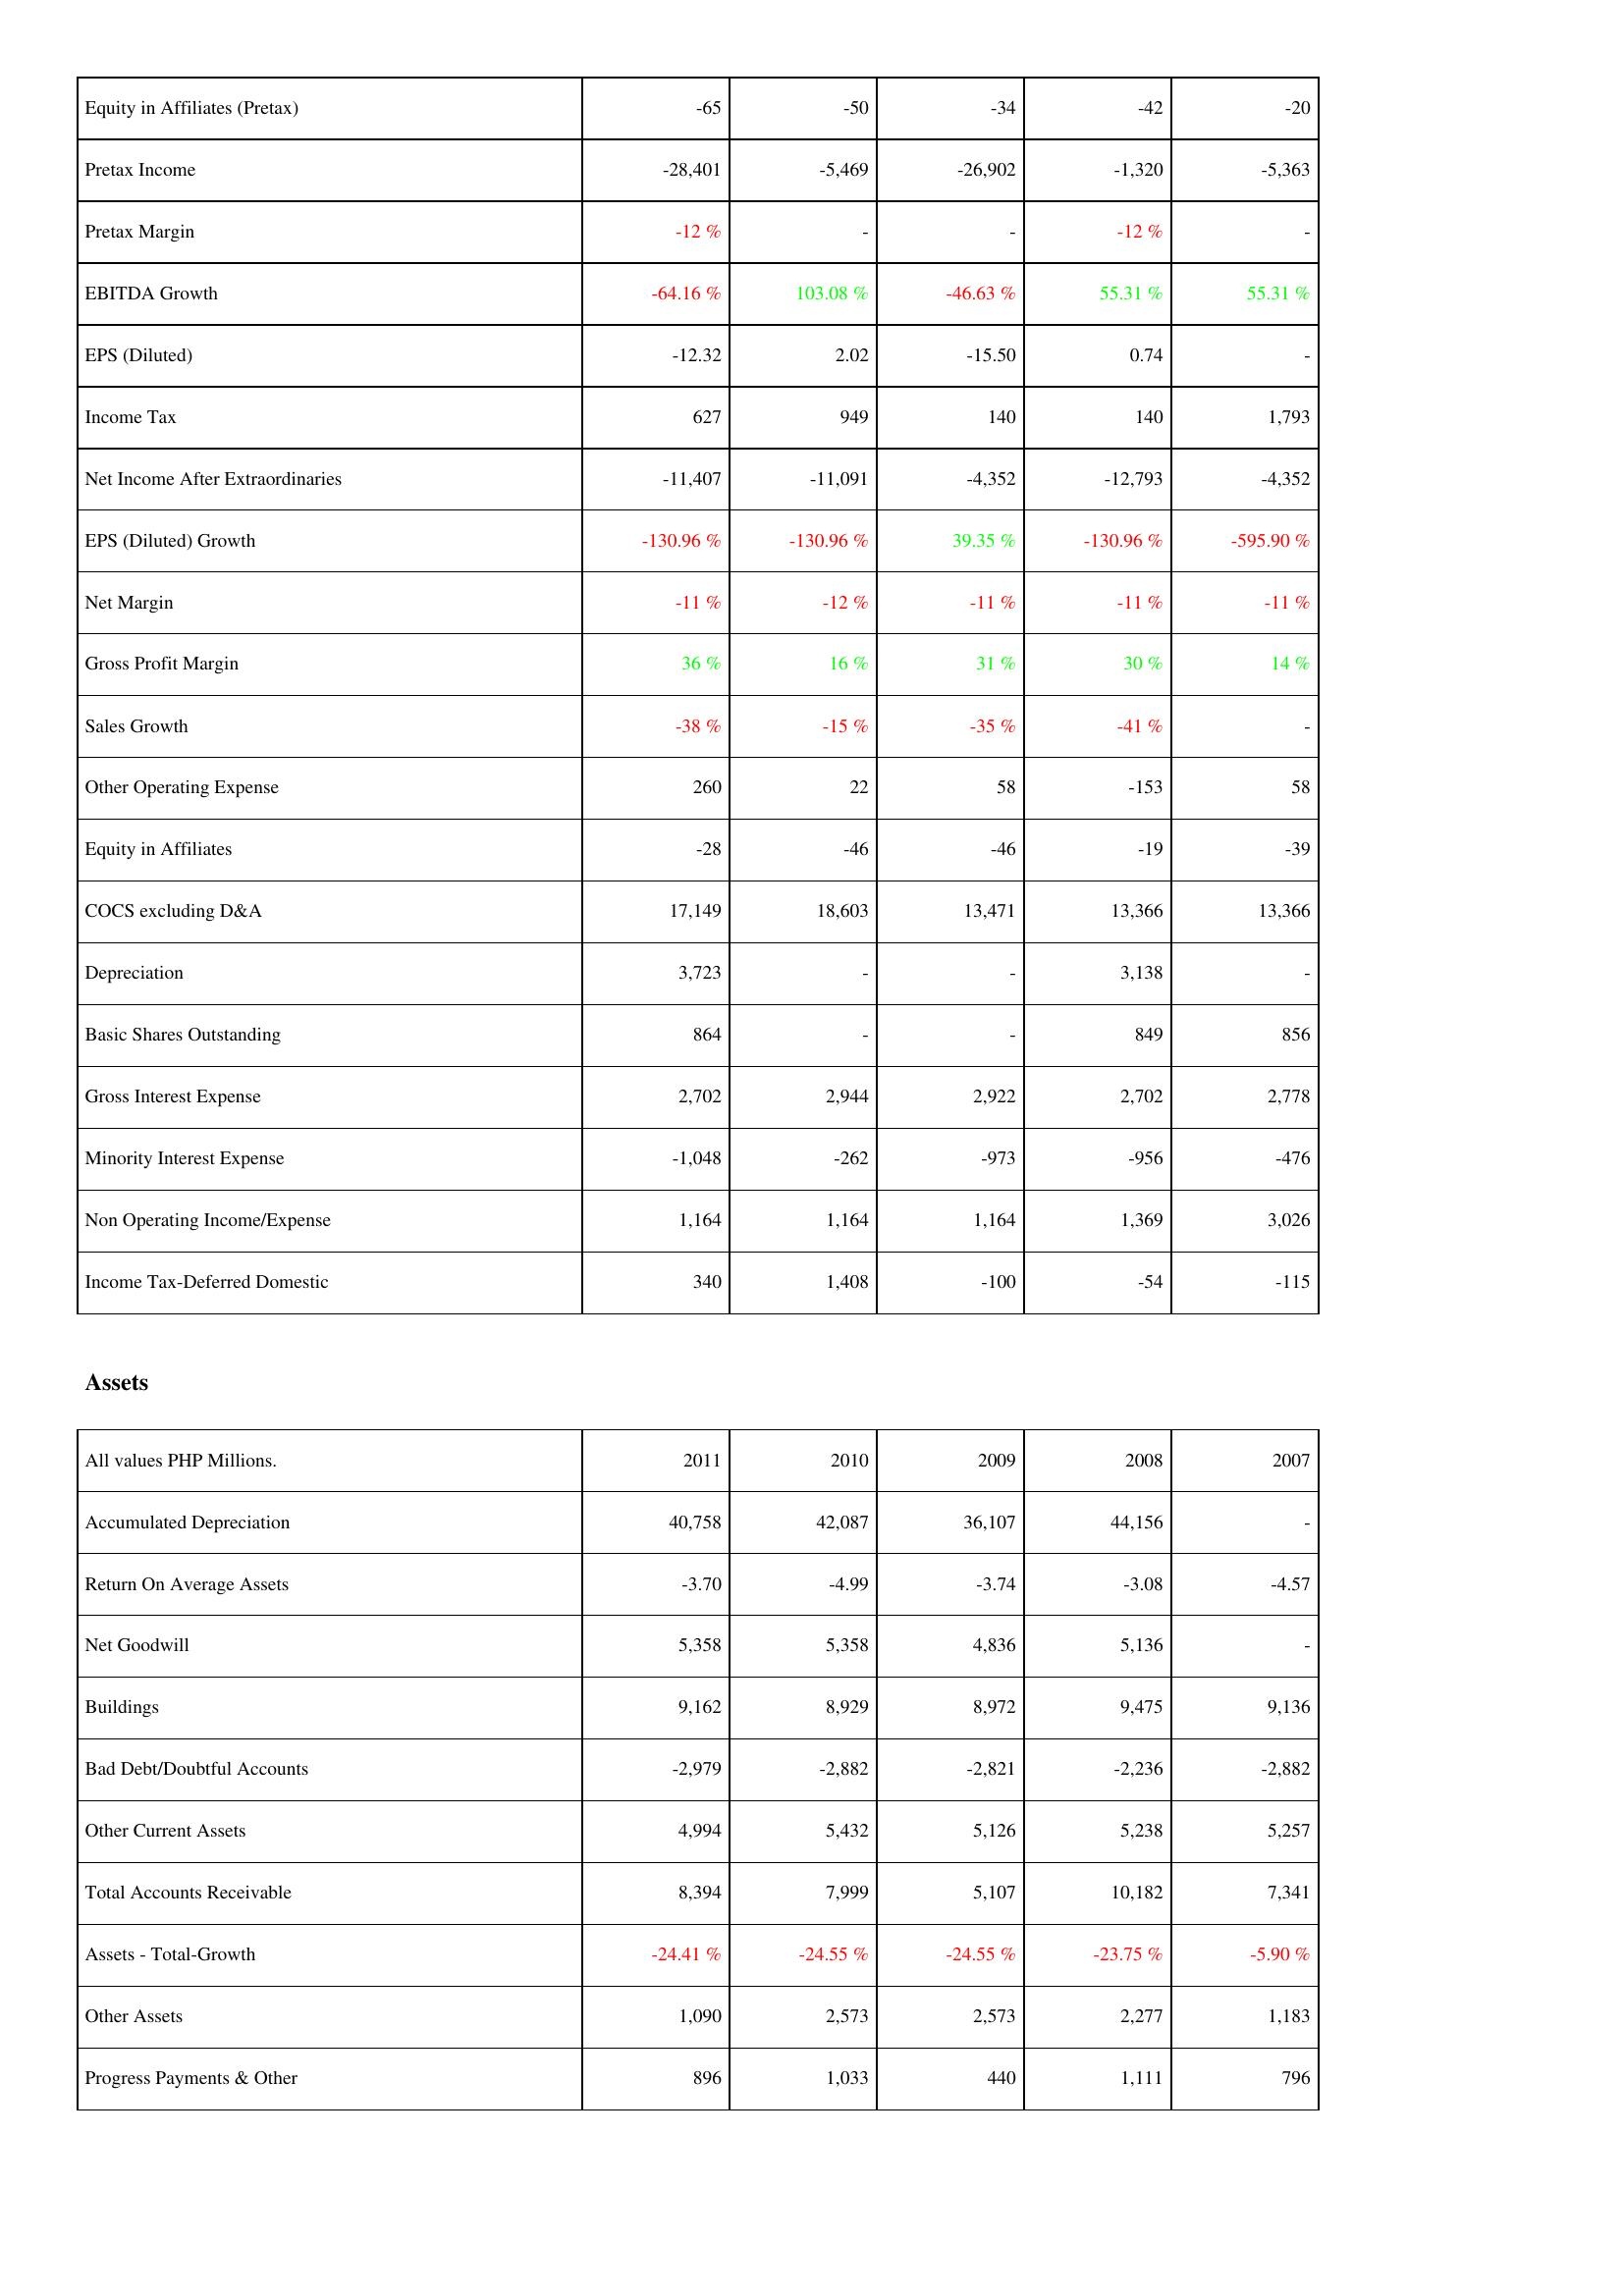
2011: Income Statement: Equity in Affiliates (Pretax): -65
Pretax Income: -28,401
Pretax Margin: -12 %
EBITDA Growth: -64.16 %
EPS (Diluted): -12.32
Income Tax: 627
Net Income After Extraordinaries: -11,407
EPS (Diluted) Growth: -130.96 %
Net Margin: -11 %
Gross Profit Margin: 36 %
Sales Growth: -38 %
Other Operating Expense: 260
Equity in Affiliates: -28
COCS excluding D&A: 17,149
Depreciation: 3,723
Basic Shares Outstanding: 864
Gross Interest Expense: 2,702
Minority Interest Expense: -1,048
Non Operating Income/Expense: 1,164
Income Tax-Deferred Domestic: 340
Assets: Accumulated Depreciation: 40,758
Return On Average Assets: -3.70
Net Goodwill: 5,358
Buildings: 9,162
Bad Debt/Doubtful Accounts: -2,979
Other Current Assets: 4,994
Total Accounts Receivable: 8,394
Assets - Total-Growth: -24.41 %
Other Assets: 1,090
Progress Payments & Other: 896
2010: Income Statement: Equity in Affiliates (Pretax): -50
Pretax Income: -5,469
Pretax Margin: -
EBITDA Growth: 103.08 %
EPS (Diluted): 2.02
Income Tax: 949
Net Income After Extraordinaries: -11,091
EPS (Diluted) Growth: -130.96 %
Net Margin: -12 %
Gross Profit Margin: 16 %
Sales Growth: -15 %
Other Operating Expense: 22
Equity in Affiliates: -46
COCS excluding D&A: 18,603
Depreciation: -
Basic Shares Outstanding: -
Gross Interest Expense: 2,944
Minority Interest Expense: -262
Non Operating Income/Expense: 1,164
Income Tax-Deferred Domestic: 1,408
Assets: Accumulated Depreciation: 42,087
Return On Average Assets: -4.99
Net Goodwill: 5,358
Buildings: 8,929
Bad Debt/Doubtful Accounts: -2,882
Other Current Assets: 5,432
Total Accounts Receivable: 7,999
Assets - Total-Growth: -24.55 %
Other Assets: 2,573
Progress Payments & Other: 1,033
2009: Income Statement: Equity in Affiliates (Pretax): -34
Pretax Income: -26,902
Pretax Margin: -
EBITDA Growth: -46.63 %
EPS (Diluted): -15.50
Income Tax: 140
Net Income After Extraordinaries: -4,352
EPS (Diluted) Growth: 39.35 %
Net Margin: -11 %
Gross Profit Margin: 31 %
Sales Growth: -35 %
Other Operating Expense: 58
Equity in Affiliates: -46
COCS excluding D&A: 13,471
Depreciation: -
Basic Shares Outstanding: -
Gross Interest Expense: 2,922
Minority Interest Expense: -973
Non Operating Income/Expense: 1,164
Income Tax-Deferred Domestic: -100
Assets: Accumulated Depreciation: 36,107
Return On Average Assets: -3.74
Net Goodwill: 4,836
Buildings: 8,972
Bad Debt/Doubtful Accounts: -2,821
Other Current Assets: 5,126
Total Accounts Receivable: 5,107
Assets - Total-Growth: -24.55 %
Other Assets: 2,573
Progress Payments & Other: 440
2008: Income Statement: Equity in Affiliates (Pretax): -42
Pretax Income: -1,320
Pretax Margin: -12 %
EBITDA Growth: 55.31 %
EPS (Diluted): 0.74
Income Tax: 140
Net Income After Extraordinaries: -12,793
EPS (Diluted) Growth: -130.96 %
Net Margin: -11 %
Gross Profit Margin: 30 %
Sales Growth: -41 %
Other Operating Expense: -153
Equity in Affiliates: -19
COCS excluding D&A: 13,366
Depreciation: 3,138
Basic Shares Outstanding: 849
Gross Interest Expense: 2,702
Minority Interest Expense: -956
Non Operating Income/Expense: 1,369
Income Tax-Deferred Domestic: -54
Assets: Accumulated Depreciation: 44,156
Return On Average Assets: -3.08
Net Goodwill: 5,136
Buildings: 9,475
Bad Debt/Doubtful Accounts: -2,236
Other Current Assets: 5,238
Total Accounts Receivable: 10,182
Assets - Total-Growth: -23.75 %
Other Assets: 2,277
Progress Payments & Other: 1,111
2007: Income Statement: Equity in Affiliates (Pretax): -20
Pretax Income: -5,363
Pretax Margin: -
EBITDA Growth: 55.31 %
EPS (Diluted): -
Income Tax: 1,793
Net Income After Extraordinaries: -4,352
EPS (Diluted) Growth: -595.90 %
Net Margin: -11 %
Gross Profit Margin: 14 %
Sales Growth: -
Other Operating Expense: 58
Equity in Affiliates: -39
COCS excluding D&A: 13,366
Depreciation: -
Basic Shares Outstanding: 856
Gross Interest Expense: 2,778
Minority Interest Expense: -476
Non Operating Income/Expense: 3,026
Income Tax-Deferred Domestic: -115
Assets: Accumulated Depreciation: -
Return On Average Assets: -4.57
Net Goodwill: -
Buildings: 9,136
Bad Debt/Doubtful Accounts: -2,882
Other Current Assets: 5,257
Total Accounts Receivable: 7,341
Assets - Total-Growth: -5.90 %
Other Assets: 1,183
Progress Payments & Other: 796